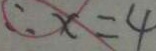
\therefore x = 4